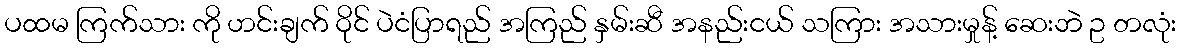
ပထမ ကြက်သား ကို ဟင်းချက် ဝိုင် ပဲငံပြာရည် အကြည် နှမ်းဆီ အနည်းငယ် သကြား အသားမှုန့် ဆေးဘဲ ဥ တလုံး